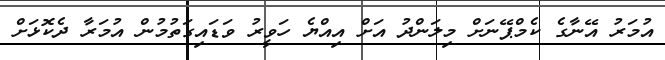
އުމަރު އޭނާގެ ކެމްޕޭނަށް މިލަންދު އަށް އިއްޔެ ހަވީރު ވަޑައިގަތުމުން އުމަރާ ދެކޮޅަށް